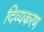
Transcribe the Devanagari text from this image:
दिव्यकरण